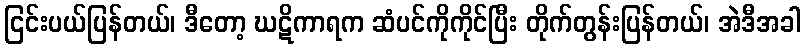
ငြင်းပယ်ပြန်တယ်၊ ဒီတော့ ဃဋိကာရက ဆံပင်ကိုကိုင်ပြီး တိုက်တွန်းပြန်တယ်၊ အဲဒီအခါ